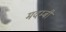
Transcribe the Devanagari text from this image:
मदम्बी